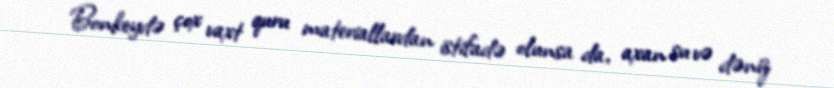
Bonkeydə çox vaxt quru materiallardan istifadə olunsa da, axan su və dəniz